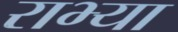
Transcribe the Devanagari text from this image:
राभ्या